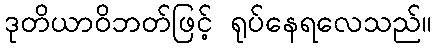
ဒုတိယာဝိဘတ်ဖြင့် ရုပ်နေရလေသည်။